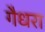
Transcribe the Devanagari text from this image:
गैधरा